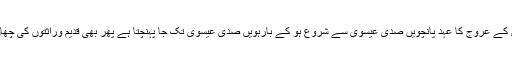
گوجروں کا ہندوستان میں آنا اور اس کے بعد ان کے عروج کا عہد پانچویں صدی عیسوی سے شروع ہو کے بارہویں صدی عیسوی تک جا پہنچتا ہے پھر بھی قدیم وراثتوں کی چھان بین سے گوجر ورثہ کے نشان مل جاتے ہیں۔